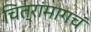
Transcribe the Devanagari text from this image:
चित्रांमागचं